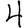
Digit: 4